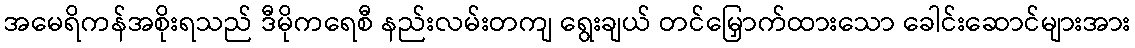
အမေရိကန်အစိုးရသည် ဒီမိုကရေစီ နည်းလမ်းတကျ ရွေးချယ် တင်မြှောက်ထားသော ခေါင်းဆောင်များအား